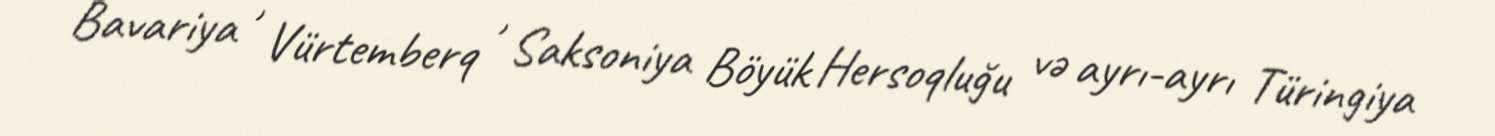
Bavariya , Vürtemberq , Saksoniya Böyük Hersoqluğu və ayrı-ayrı Türingiya